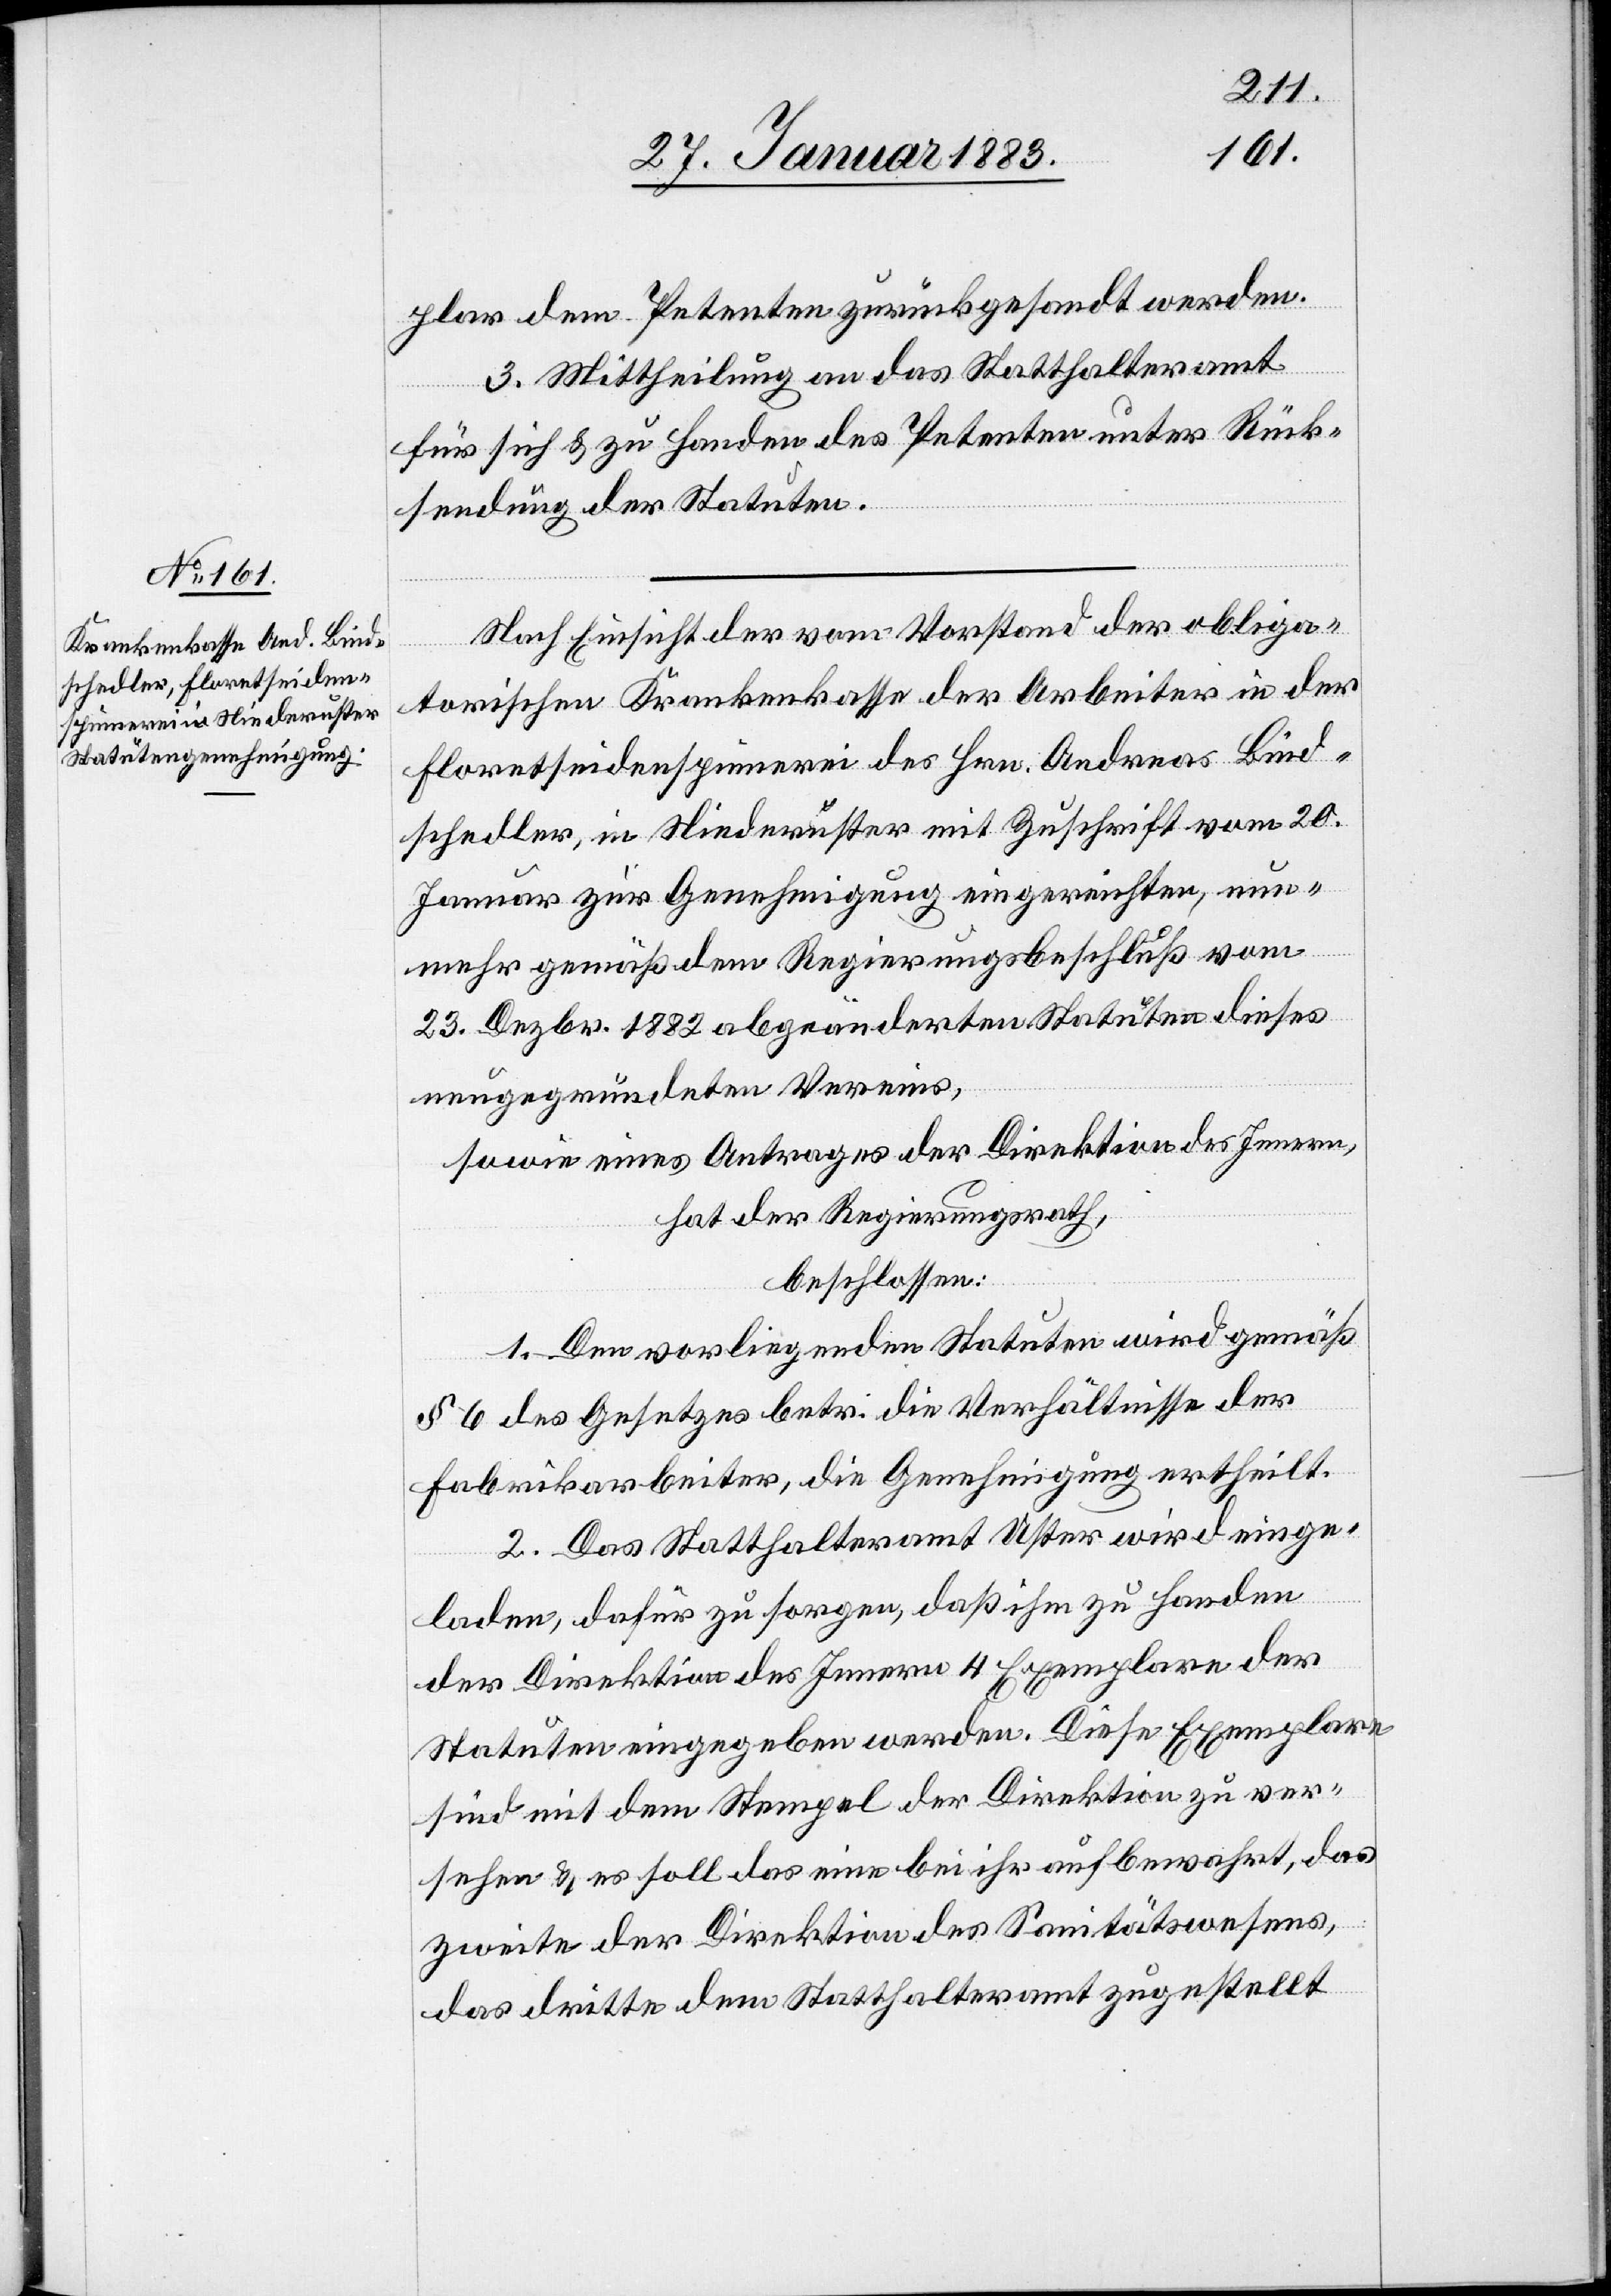
plar dem Petenten zurückgesandt werden.
3. Mittheilung an das Statthalteramt
für sich & zu Handen des Petenten unter Rück¬
sendung der Statuten.
Nach Einsicht der vom Vorstand der obliga¬
torischen Krankenkasse der Arbeiter in der
Floretseidenspinnerei des Hrn. Andreas Bind¬
schedler, in Niederuster mit Zuschrift vom 20.
Januar zur Genehmigung eingereichten, nun¬
mehr gemäß dem Regierungsbeschluß vom
23. Dezbr. 1882 abgeänderten Statuten dieses
neugegründeten Vereins,
sowie eines Antrages der Direktion des Innern,
hat der Regierungsrath,
beschlossen:
1. Den vorliegenden Statuten wird gemäß
§ 6 des Gesetzes betr. die Verhältnisse der
Fabrikarbeiter, die Genehmigung ertheilt.
2. Das Statthalteramt Uster wird einge¬
laden, dafür zu sorgen, daß ihm zu Handen
der Direktion des Innern 4 Exemplare der
Statuten eingegeben werden. Diese Exemplare
sind mit dem Stempel der Direktion zu ver¬
sehen & es soll das eine bei ihr aufbewahrt, das
zweite der Direktion des Sanitätswesens,
das dritte dem Statthalteramt zugestellt